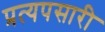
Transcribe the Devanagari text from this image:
प्रत्यपसारी